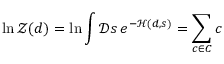
\ln { \mathcal { Z } } ( d ) = \ln \int { \mathcal { D } } s \, e ^ { - { \mathcal { H } } ( d , s ) } = \sum _ { c \in C } c